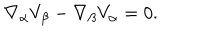
\nabla _ { \alpha } V _ { \beta } - \nabla _ { \beta } V _ { \alpha } = 0 .